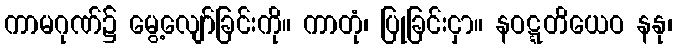
ကာမဂုဏ်၌ မွေ့လျော်ခြင်းကို။ ကာတုံ၊ ပြုခြင်းငှာ။ နဝဋ္ဋတိယေဝ နနု၊